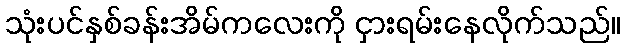
သုံးပင်နှစ်ခန်းအိမ်ကလေးကို ငှားရမ်းနေလိုက်သည်။